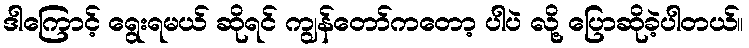
ဒါကြောင့် ရွေးရမယ် ဆိုရင် ကျွန်တော်ကတော့ ပါပဲ လို့ ပြောဆိုခဲ့ပါတယ်။